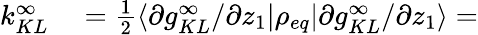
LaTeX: \begin{array}{rl}{k_{KL}^{\infty}}&{{}=\frac{1}{2}\langle\partial g_{KL}^{\infty}/\partial z_{1}\rvert\rho_{eq}\lvert\partial g_{KL}^{\infty}/\partial z_{1}\rangle=}\end{array}